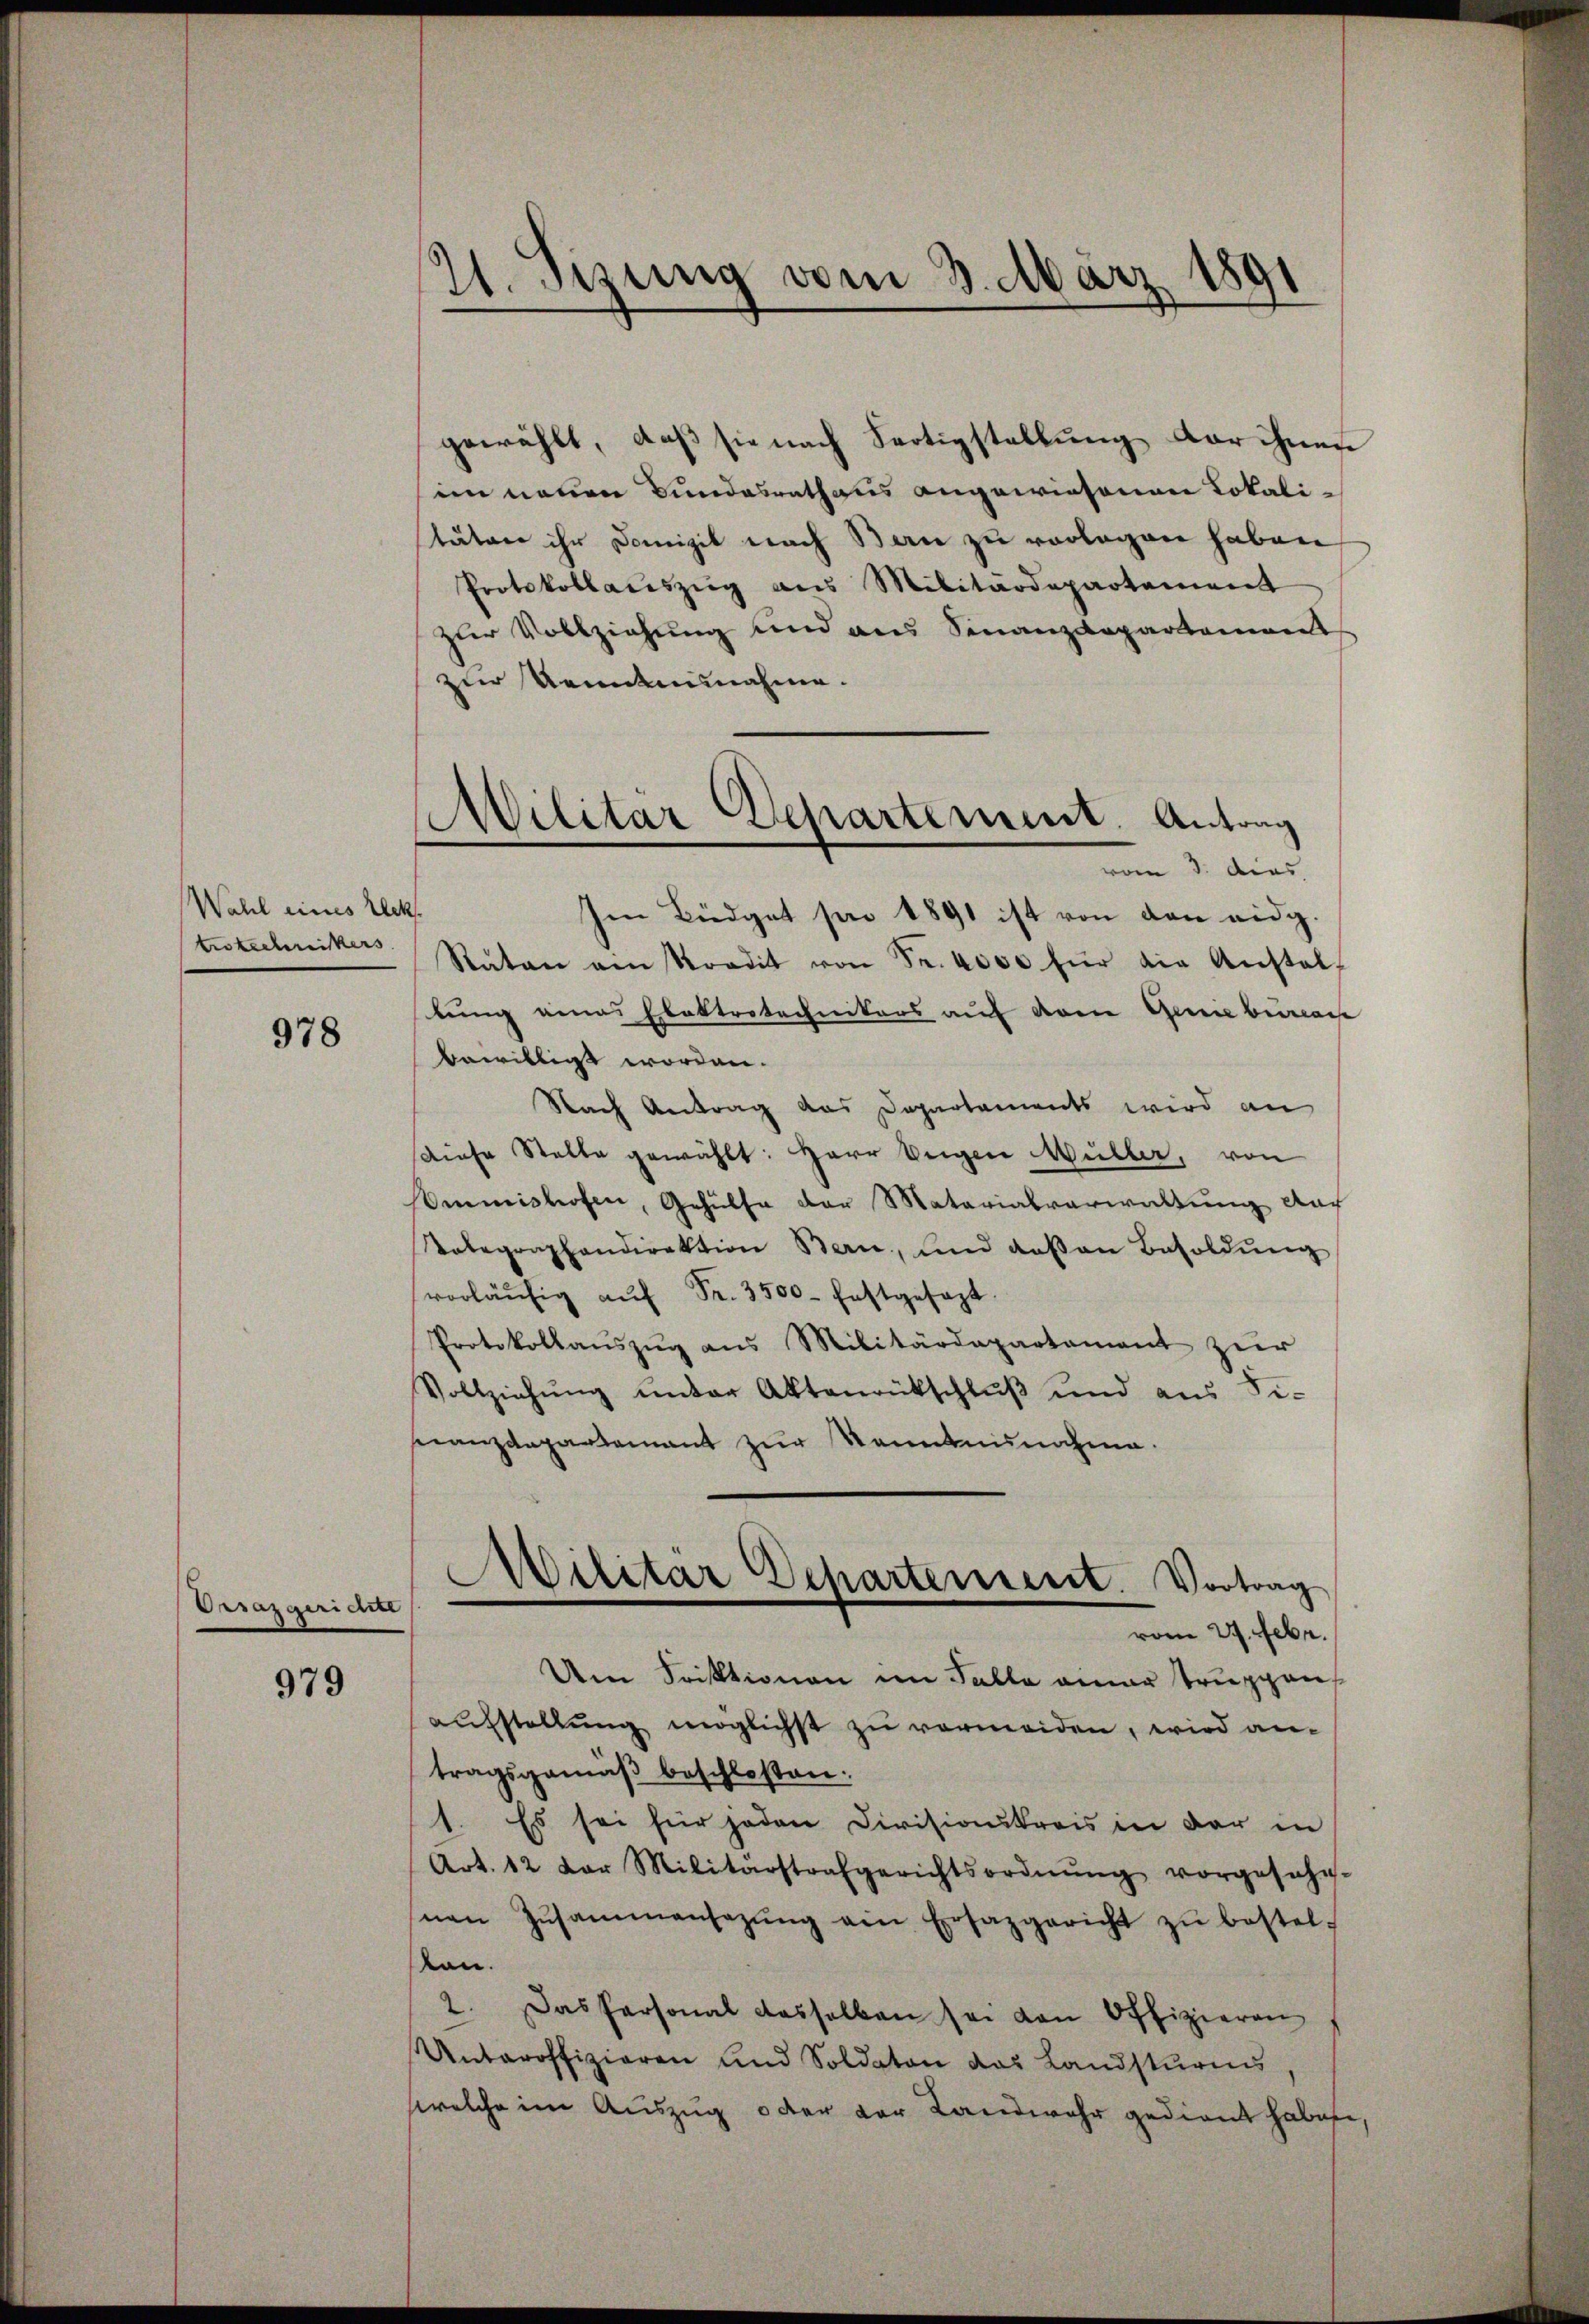
Wahl eines Elek
trotechnikers

978

Orrazgericht

979

11. Sizung vom 3. März 1891

gewählt, daß sie nach Fertigstellung der ihnen
im neuen Bundesrathaus angewiesenen Lokalitäten ihr Domizil nach Bau zu vorlagen haben
Protokollaŭszŭg ans Militärdepartement
zur Vollziehung und aus Finanzdepartamens
zur Kenntennahme.
vom 3. dies
Im Büdget per 1891 ist von den eidg.
Raten ain Stordit von Fr. 4000 für die Anstallung eines Elektrotechnikers auf deren Genebenac
bewilligt worden.
Nach Antrag das Departements wird an
Diese Stelle gewählt: Herr Weigen Müller, von
Commistrafen, Gehülfe der Matarialverwaltung auch
Telegraphendirektion Bern, und das an Besoldŭng
vorläŭfig aŭf Fr. 3500 festgesezt.
Protokollaŭszŭg ans Militärdepartament zŭr
Vollziehŭng ŭnter Aktenrütschlŭβ und aus Fi-
nanzdepartamant zŭr Kenntnisnahme.
Militar Departement. Vortrag
I
vom 27. Febr.
Um Fristionen im Falle einer Truppenaufstellung möglichst zu vermeiden, wird antragsgemäβ beschloßen:
1. Es sei für jeden Divisionskreis in der in
Art. 12 der Militärstrafgerichtsordnŭng vorgesehe.
nen Zusammensazŭng ein Ersazgericht zŭ bestel-
kan.
2. Das Personal dasselben sei von Offizieren
Unteroffizieren und Soldaten das Landsturms
welche im Auszug oder der Landwehr gedient habene,

Wilitar Departement. Antrag